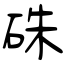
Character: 硃